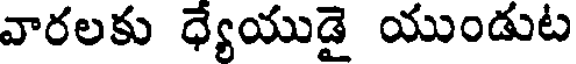
వారలకు ధ్యేయుడై యుండుట